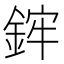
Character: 𨦭